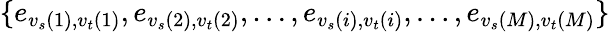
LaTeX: \{ e_{{v_{s}}(1),{v_{t}}(1)},e_{{v_{s}}(2),{v_{t}}(2)},\ldots,e_{{v_{s}}(i),{v_{t}}(i)},\ldots,e_{{v_{s}}(M),{v_{t}}(M)}\}